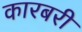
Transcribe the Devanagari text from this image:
कारबरी